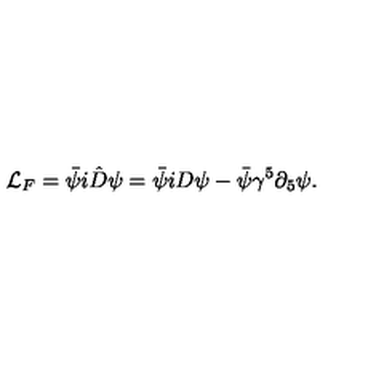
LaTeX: \mathcal { L } _ { F } = \bar { \psi } i \hat { D } \psi = \bar { \psi } i D \psi - \bar { \psi } \gamma ^ { 5 } \partial _ { 5 } \psi .